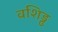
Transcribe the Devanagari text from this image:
वशिड्ढ